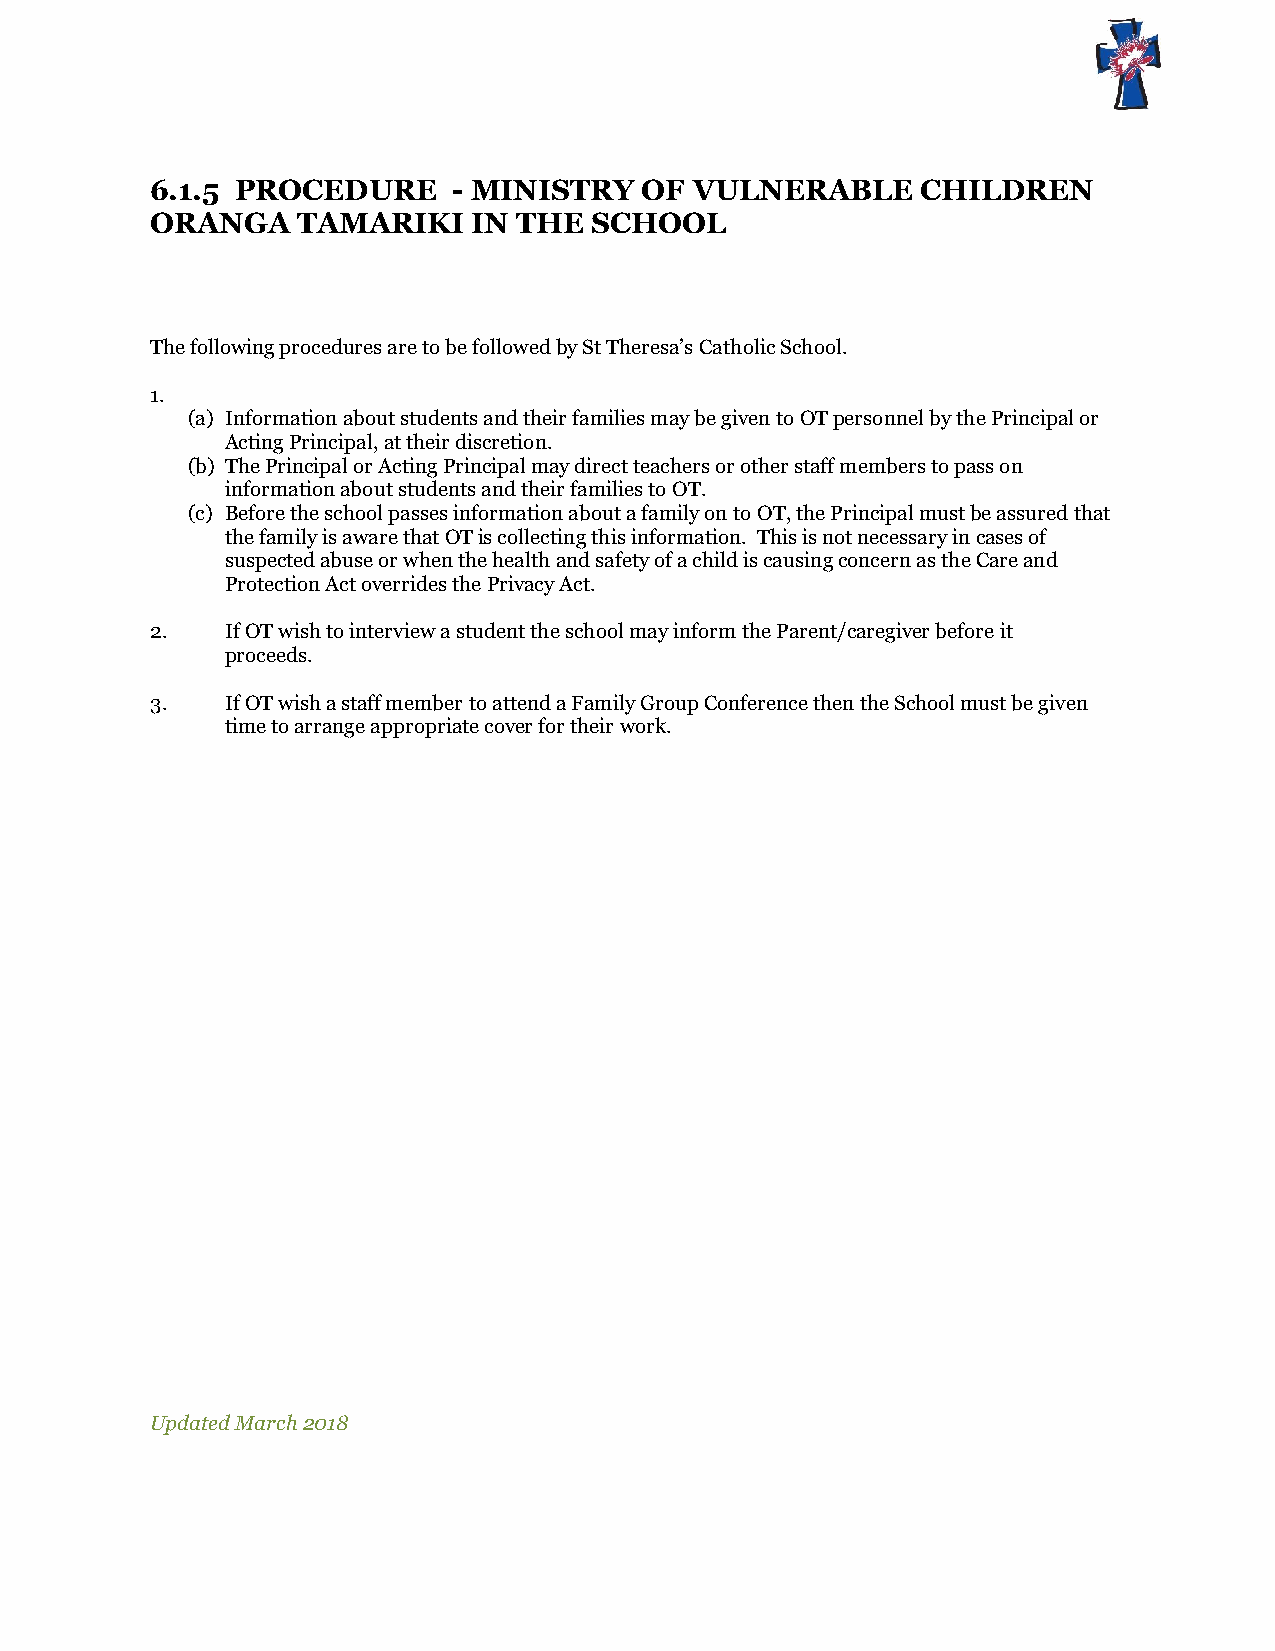
6.1.5 PROCEDURE     - MINISTRY  OF  VULNERABLE     CHILDREN
 ORANGA    TAMARIKI   IN THE  SCHOOL
 The following procedures are to be followed by St Theresa’s Catholic School.
 1.
 (a) Information about students and their families may be given to OT personnel by the Principal or
 Acting Principal, at their discretion.
 (b) The Principal or Acting Principal may direct teachers or other staff members to pass on
 information about students and their families to OT.
 (c) Before the school passes information about a family on to OT, the Principal must be assured that
 the family is aware that OT is collecting this information. This is not necessary in cases of
 suspected abuse or when the health and safety of a child is causing concern as the Care and
 Protection Act overrides the Privacy Act.
 2.   If OT wish to interview a student the school may inform the Parent/caregiver before it
 proceeds.
 3.   If OT wish a staff member to attend a Family Group Conference then the School must be given
 time to arrange appropriate cover for their work.
 Updated March 2018